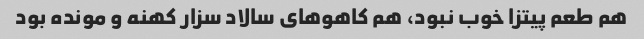
هم طعم پیتزا خوب نبود، هم کاهو‌های سالاد سزار کهنه و مونده بود